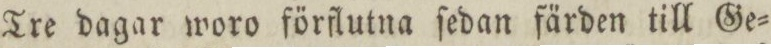
Tre dagar woro förflutna ſedan färden till Ge=